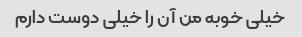
خیلی خوبه من آن را خیلی دوست دارم